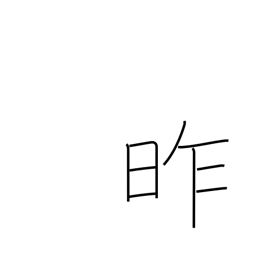
Meaning: yesterday